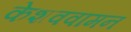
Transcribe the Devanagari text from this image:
केशववामन